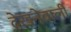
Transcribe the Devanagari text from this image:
देखनेवाली